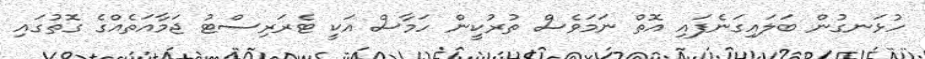
ހުޅަނގުން ބަލައިގަނެފައި އޮތް ނަމަވެސް ތުރުކީން ހަމާސް އަކީ ޓެރަރިސްޓު ޖަމާއަތެއްގެ ގޮތުގައި